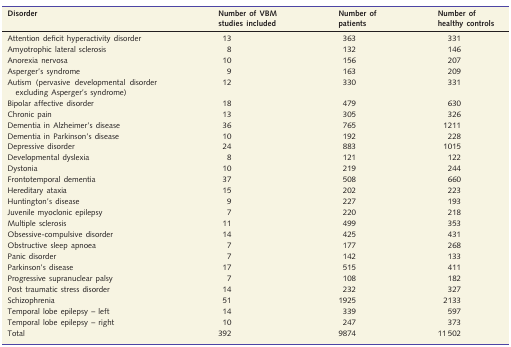
<table><thead><tr><td><b>Disorder</b></td><td><b>Number of VBM studies included</b></td><td><b>Number of patients</b></td><td><b>Number of healthy controls</b></td></tr></thead><tbody><tr><td>Attention deficit hyperactivity disorder</td><td>13</td><td>363</td><td>331</td></tr><tr><td>Amyotrophic lateral sclerosis</td><td>8</td><td>132</td><td>146</td></tr><tr><td>Anorexia nervosa</td><td>10</td><td>156</td><td>207</td></tr><tr><td>Asperger’s syndrome</td><td>9</td><td>163</td><td>209</td></tr><tr><td>Autism (pervasive developmental disorder excluding Asperger’s syndrome)</td><td>12</td><td>330</td><td>331</td></tr><tr><td>Bipolar affective disorder</td><td>18</td><td>479</td><td>630</td></tr><tr><td>Chronic pain</td><td>13</td><td>305</td><td>326</td></tr><tr><td>Dementia in Alzheimer’s disease</td><td>36</td><td>765</td><td>1211</td></tr><tr><td>Dementia in Parkinson’s disease</td><td>10</td><td>192</td><td>228</td></tr><tr><td>Depressive disorder</td><td>24</td><td>883</td><td>1015</td></tr><tr><td>Developmental dyslexia</td><td>8</td><td>121</td><td>122</td></tr><tr><td>Dystonia</td><td>10</td><td>219</td><td>244</td></tr><tr><td>Frontotemporal dementia</td><td>37</td><td>508</td><td>660</td></tr><tr><td>Hereditary ataxia</td><td>15</td><td>202</td><td>223</td></tr><tr><td>Huntington’s disease</td><td>9</td><td>227</td><td>193</td></tr><tr><td>Juvenile myoclonic epilepsy</td><td>7</td><td>220</td><td>218</td></tr><tr><td>Multiple sclerosis</td><td>11</td><td>499</td><td>353</td></tr><tr><td>Obsessive-compulsive disorder</td><td>14</td><td>425</td><td>431</td></tr><tr><td>Obstructive sleep apnoea</td><td>7</td><td>177</td><td>268</td></tr><tr><td>Panic disorder</td><td>7</td><td>142</td><td>133</td></tr><tr><td>Parkinson’s disease</td><td>17</td><td>515</td><td>411</td></tr><tr><td>Progressive supranuclear palsy</td><td>7</td><td>108</td><td>182</td></tr><tr><td>Post traumatic stress disorder</td><td>14</td><td>232</td><td>327</td></tr><tr><td>Schizophrenia</td><td>51</td><td>1925</td><td>2133</td></tr><tr><td>Temporal lobe epilepsy – left</td><td>14</td><td>339</td><td>597</td></tr><tr><td>Temporal lobe epilepsy – right</td><td>10</td><td>247</td><td>373</td></tr><tr><td>Total</td><td>392</td><td>9874</td><td>11 502</td></tr></tbody></table>